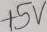
Text: +5V